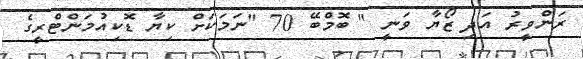
ރަންވީރު އަދި ޒޯޔާ ވަނީ " ބޮމްބޭ 70 "ނަމަކަށް ކިޔާ ޑޮކިއުމަންޓްރީގެ